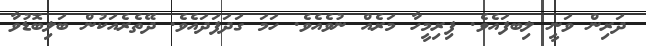
ދަރިން ވަނީ ލިބފައެވެ. ފިރިމީހާ މަރެއް ނުވެއެވެ. ހަމަ ގަދަފަދައެވެ. ދޭތެރެއަކުން ބަލިބޮޑުވާ